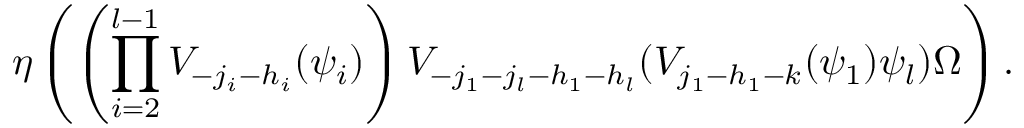
\eta \left( \left( \prod _ { i = 2 } ^ { l - 1 } V _ { - j _ { i } - h _ { i } } ( \psi _ { i } ) \right) V _ { - j _ { 1 } - j _ { l } - h _ { 1 } - h _ { l } } ( V _ { j _ { 1 } - h _ { 1 } - k } ( \psi _ { 1 } ) \psi _ { l } ) \Omega \right) .